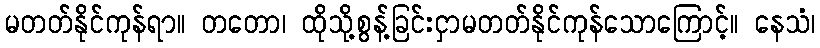
မတတ်နိုင်ကုန်ရာ။ တတော၊ ထိုသို့စွန့်ခြင်းငှာမတတ်နိုင်ကုန်သောကြောင့်။ နေသံ၊